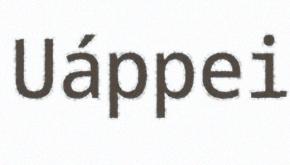
Uáppei